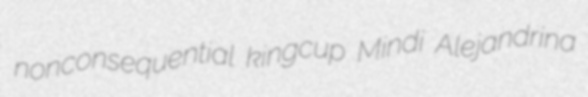
nonconsequential kingcup Mindi Alejandrina